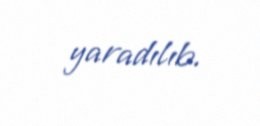
yaradılıb.